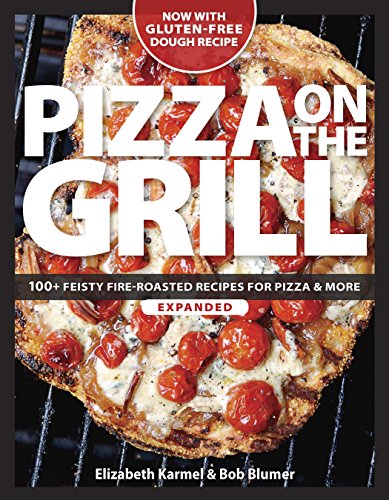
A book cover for Pizza on the Grill: 100+ Feisty Fire-Roasted Recipes for Pizza & More; Bob Blumer; Cookbooks, Food & Wine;